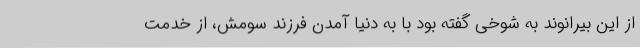
از این بیرانوند به شوخی گفته بود با به دنیا آمدن فرزند سومش، از خدمت